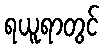
ရယူရာတွင်